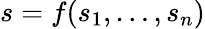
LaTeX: s=f(s_{1},\ldots,s_{n})